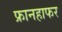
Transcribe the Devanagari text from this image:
फ्रानहाफर